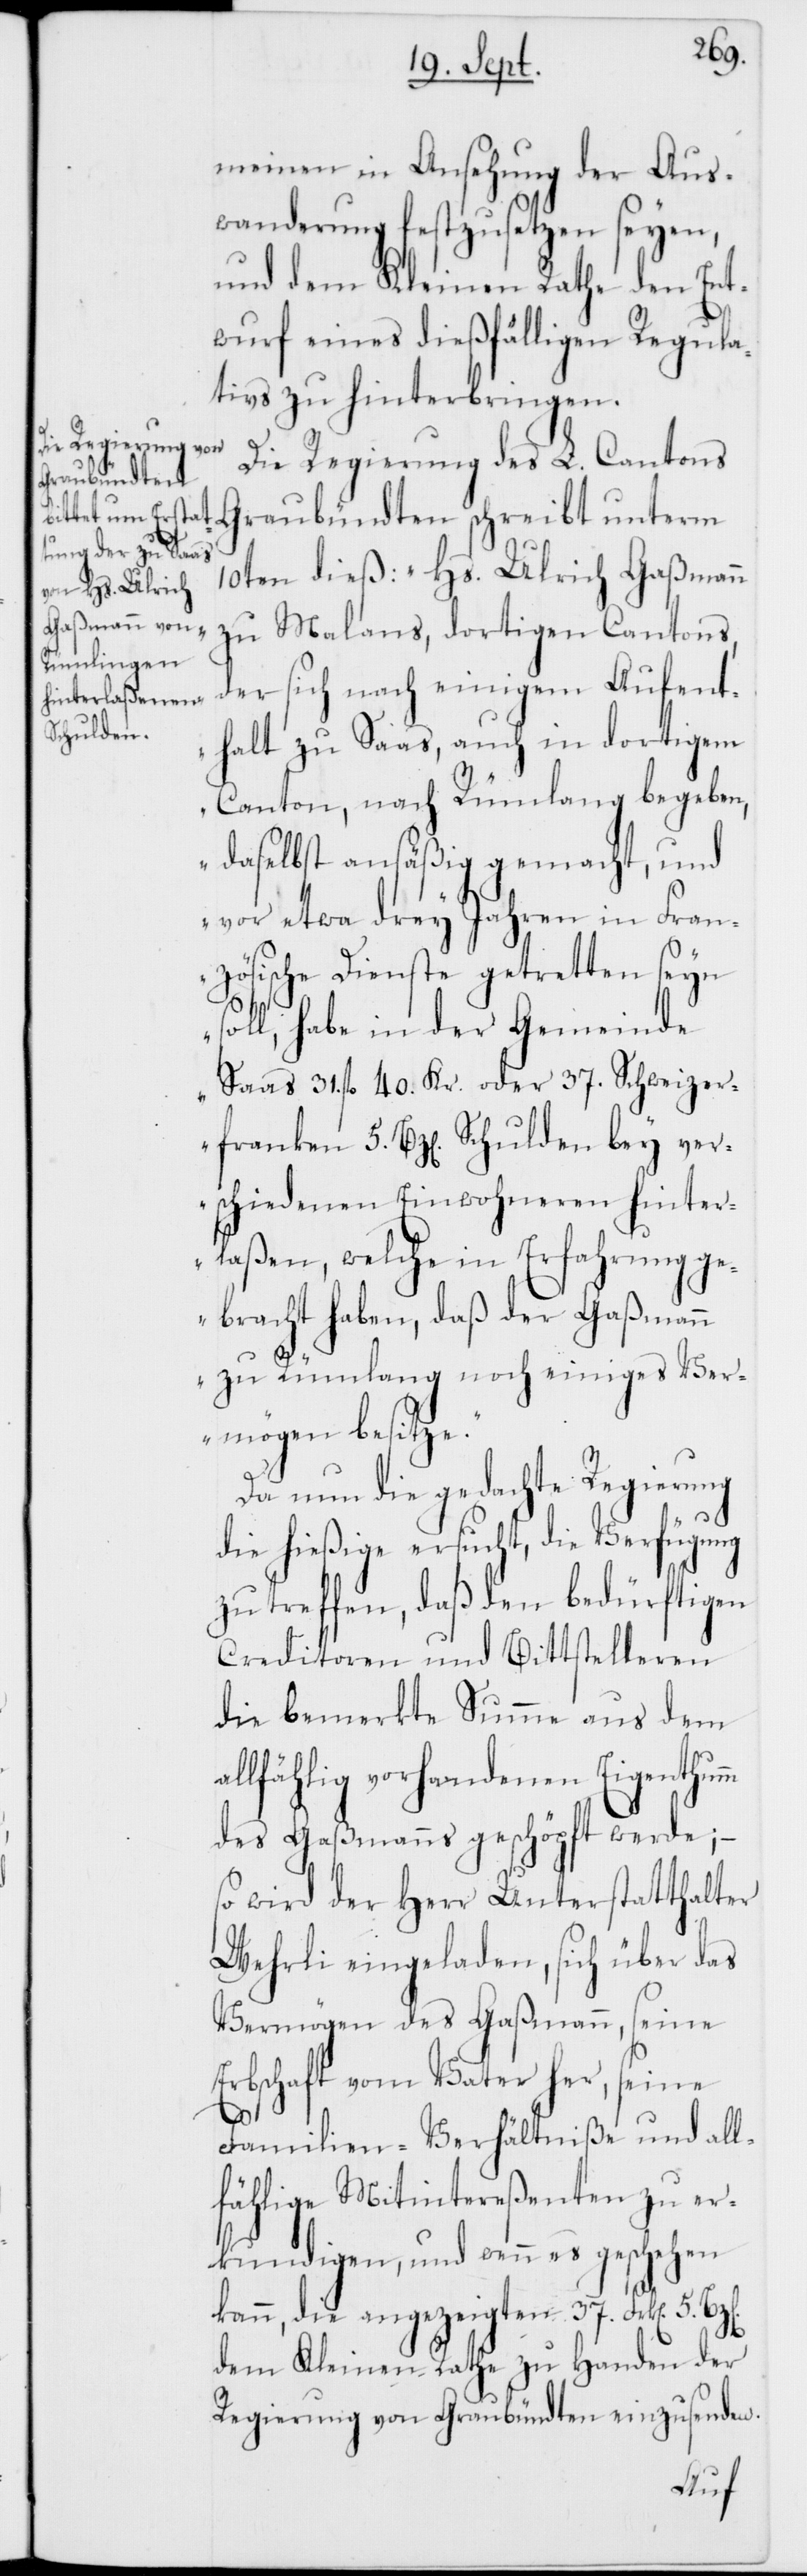
meinen in Ansehung der Aus¬
wanderung festzusetzen seyen,
und dem Kleinen Rathe den Ent¬
wurf eines dießfälligen Regula¬
tivs zu hinterbringen.
Die Regierung des L. Cantons
Graubündten schreibt unterm
10ten dieß: „Hs. Ulrich Gaßmann
zu Malans, dortigen Cantons,
der sich nach einigem Aufent¬
halt zu Saas, auch in dortigem
Canton, nach Rümlang begeben,
daselbst ansäßig gemacht, und
vor etwa drey Jahren in Fran¬
zösische Dienste getretten seyn
soll, habe in der Gemeinde
Saas 31. fl. 40. Kr. oder 37. Schweizer¬
franken 5 Bz[en] Schulden bey ver¬
schiedenen Einwohneren hinter¬
laßen, welche in Erfahrung ge¬
bracht haben, daß der Gaßmann
m
zu Rümlang noch einiges Ver¬
mögen besitze.“
Da nun die gedachte Regierung
die hießige ersucht, die Verfügung
zu treffen, daß den bedürftigen
Creditoren und Bittstelleren
die bemerkte Summe aus dem
allfählig vorhandenen Eigenthum¬
des Gaßmanns geschöpft werde; –
so wird der Herr Unterstatthalter
Wehrli eingeladen, sich über das
Vermögen des Gaßmann, seine
Erbschaft vom Vater her, seine
Familien-Verhältniße und all¬
fählige Mitintereßenten zu er¬
kundigen, und wenn es geschehen
kann, die angezeigten 37. Frk[en] 5.
dem Kleinen Rathe zu Handen der
Regierung von Graubündten einzusenden.